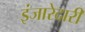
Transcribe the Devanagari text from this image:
इंजारेदारी